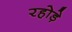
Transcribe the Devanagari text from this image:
रहोड़े